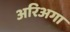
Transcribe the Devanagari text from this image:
अरिअगा